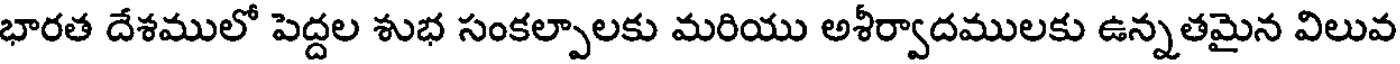
భారత దేశములో పెద్దల శుభ సంకల్పాలకు మరియు అశీర్వాదములకు ఉన్నతమైన విలువ